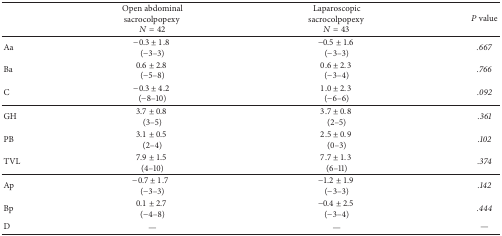
<table><thead><tr><td><b> </b></td><td><b>Open abdominal sacrocolpopexy <i>N</i> = 42</b></td><td><b>Laparoscopic sacrocolpopexy <i>N</i> = 43</b></td><td><b><i>P</i> value</b></td></tr></thead><tbody><tr><td>Aa </td><td>−0.3 ± 1.8 (−3–3)</td><td>−0.5 ± 1.6 (−3–3)</td><td><i>.667 </i></td></tr><tr><td>Ba </td><td>0.6 ± 2.8 (−5–8)</td><td>0.6 ± 2.3 (−3–4)</td><td><i>.766 </i></td></tr><tr><td>C </td><td>−0.3 ± 4.2 (−8–10)</td><td>1.0 ± 2.3 (−6–6)</td><td><i>.092 </i></td></tr><tr><td>GH </td><td>3.7 ± 0.8 (3–5)</td><td>3.7 ± 0.8 (2–5)</td><td><i>.361 </i></td></tr><tr><td>PB </td><td>3.1 ± 0.5 (2–4)</td><td>2.5 ± 0.9 (0–3)</td><td><i>.102 </i></td></tr><tr><td>TVL </td><td>7.9 ± 1.5 (4–10)</td><td>7.7 ± 1.3 (6–11)</td><td><i>.374 </i></td></tr><tr><td>Ap </td><td>−0.7 ± 1.7 (−3–3)</td><td>−1.2 ± 1.9 (−3–3)</td><td><i>.142 </i></td></tr><tr><td>Bp </td><td>0.1 ± 2.7 (−4–8)</td><td>−0.4 ± 2.5 (−3–4)</td><td><i>.444 </i></td></tr><tr><td>D</td><td>—</td><td>—</td><td>—</td></tr></tbody></table>